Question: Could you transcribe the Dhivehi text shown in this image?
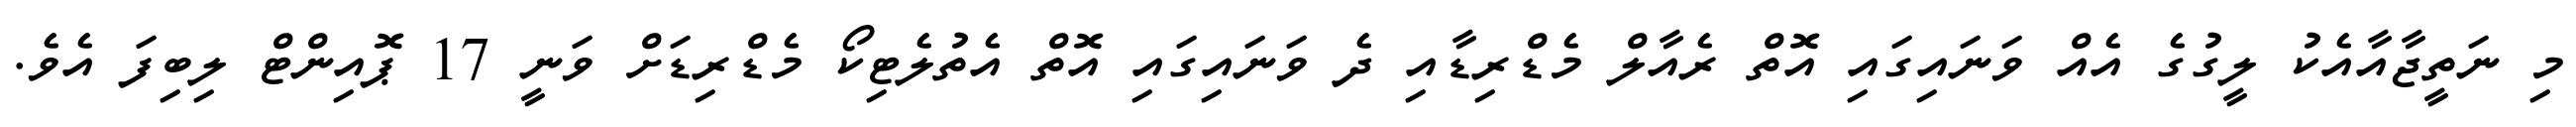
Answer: މި ނަތީޖާއާއެކު ލީގުގެ އެއް ވަނައިގައި އޮތް ރެއާލް މެޑްރިޑާއި ދެ ވަނައިގައި އޮތް އެތުލެޓިކޯ މެޑްރިޑަށް ވަނީ 17 ޕޮއިންޓް ލިބިފަ އެވެ.